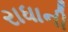
રાધાની